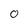
Character: 0